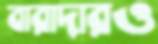
বারাদারও